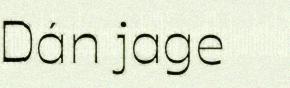
Dán jage